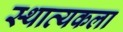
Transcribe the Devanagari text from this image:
स्थात्यकला